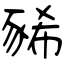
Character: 豨